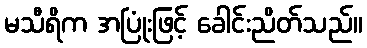
မသီရိက အပြုံးဖြင့် ခေါင်းညိတ်သည်။